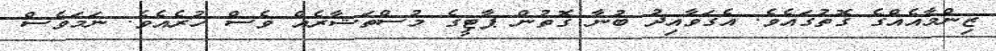
ޒިންމާއެއްގެ ގޮތުގައެވެ. އެގަވާއިދު ބުނާ ގޮތުން ޕާޓީގެ މުސްތަޝާރެއް ވެސް ހުރެއެވެ. ނަމަވެސް